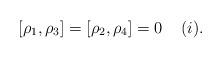
LaTeX: \begin{align*}[\rho_1,\rho_3]=[\rho_2,\rho_4]=0\;\;\;\;(i).\end{align*}